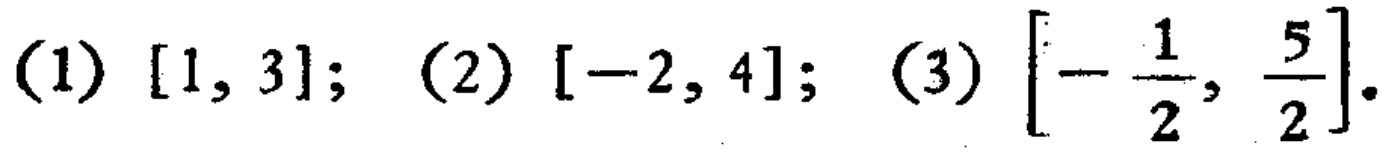
(1) $[1, 3]$; (2) $[-2, 4]$; (3) $\left[-\frac{1}{2}, \frac{5}{2}\right]$.